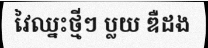
វៃឈ្នះថ្មីៗ ប្លយ ឌឺដង